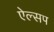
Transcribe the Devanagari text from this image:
ऐल्सप